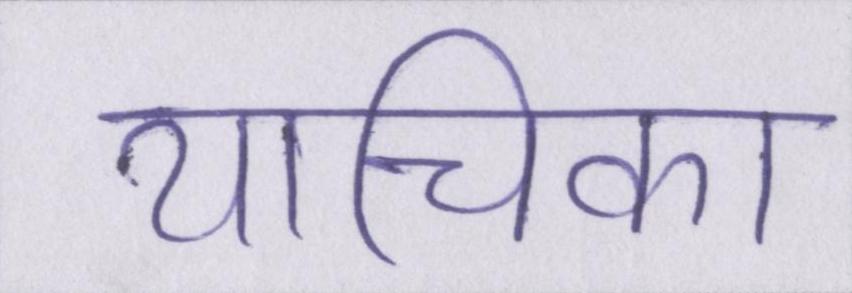
याचिका